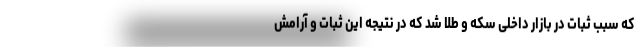
که سبب ثبات در بازار داخلی سکه و طلا شد که در نتیجه این ثبات و آرامش